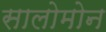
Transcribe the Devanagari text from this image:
सालोमोन